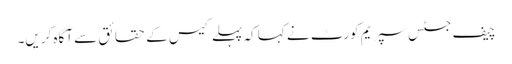
چیف جسٹس سپریم کورٹ نے کہا کہ پہلے کیس کے حقائق سے آگاہ کریں۔